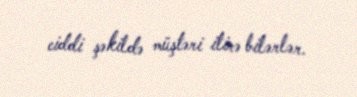
ciddi şəkildə müştəri itirə bilərlər.